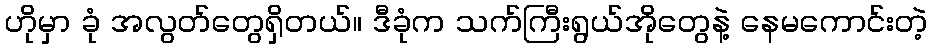
ဟိုမှာ ခုံ အလွတ်တွေရှိတယ်။ ဒီခုံက သက်ကြီးရွယ်အိုတွေနဲ့ နေမကောင်းတဲ့